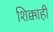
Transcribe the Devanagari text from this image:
शिक्काही